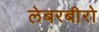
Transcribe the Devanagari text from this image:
लेबरबीरो